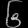
Digit: ၆